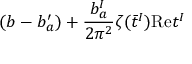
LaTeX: ( b - b _ { a } ^ { \prime } ) + { \frac { b _ { a } ^ { I } } { 2 \pi ^ { 2 } } } \zeta ( \bar { t } ^ { I } ) \mathrm { R e } t ^ { I }